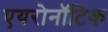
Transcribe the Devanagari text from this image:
एयरोनॉटिक